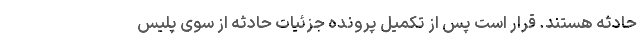
حادثه هستند. قرار است پس از تکمیل پرونده جزئیات حادثه از سوی پلیس